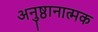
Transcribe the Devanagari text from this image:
अनुष्ठानात्मक